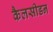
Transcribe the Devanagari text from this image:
कैलसीडन